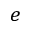
e